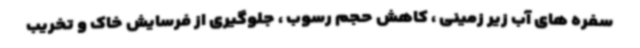
سفره های آب زیر زمینی ، کاهش حجم رسوب ، جلوگیری از فرسایش خاک و تخریب